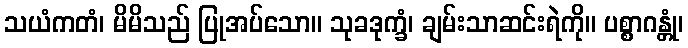
သယံကတံ၊ မိမိသည် ပြုအပ်သော။ သုခဒုက္ခံ၊ ချမ်းသာဆင်းရဲကို။ ပစ္စာဂန္တုံ၊